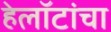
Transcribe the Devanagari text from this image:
हेलॉटांचा